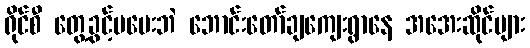
ရိုင်စီ တွေ့ခွင့်မပေးဘဲ ဘောင်းတော်ချကျေးရွာနေ အအေးဆိုင်များ